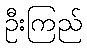
ဦးကြည်